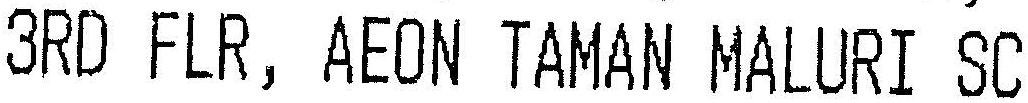
3RD FLR, AEON TAMAN MALURI SC